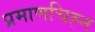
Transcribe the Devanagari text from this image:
प्रमाणचिह्न